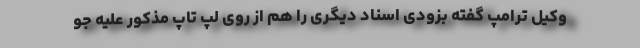
وکیل ترامپ گفته بزودی اسناد دیگری را هم از روی لپ تاپ مذکور علیه جو